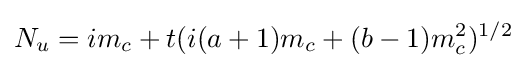
N_{u}=im_{c}+t(i(a+1)m_{c}+(b-1)m_{c}^{2})^{1/2}